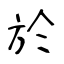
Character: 於